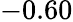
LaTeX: -0.60